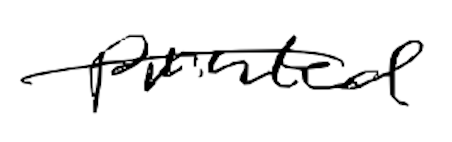
Text: printed
Cross-out: single-line
Writing tool: digital_black